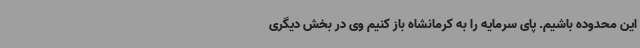
این محدوده باشیم. پای سرمایه‌ را به کرمانشاه باز کنیم وی در بخش دیگری